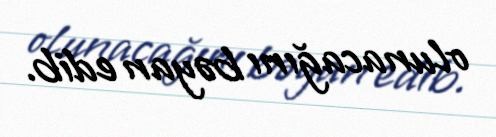
olunacağını bəyan edib.